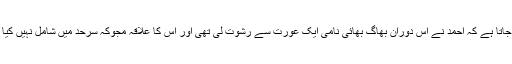
کہا جاتا ہے کہ احمد نے اس دوران بھاگ بھائی نامی ایک عورت سے رشوت لی تھی اور اس کا علاقہ مجوکہ سرحد میں شامل نہیں کیا تھا۔